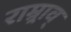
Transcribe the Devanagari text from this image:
राम्र्राव्